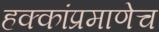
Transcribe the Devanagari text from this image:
हक्कांप्रमाणेच